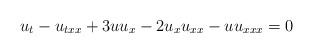
\begin{align*} u_t-u_{txx}+3uu_{x}-2u_xu_{xx}-uu_{xxx}=0\end{align*}